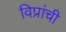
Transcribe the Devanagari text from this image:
विप्रांची